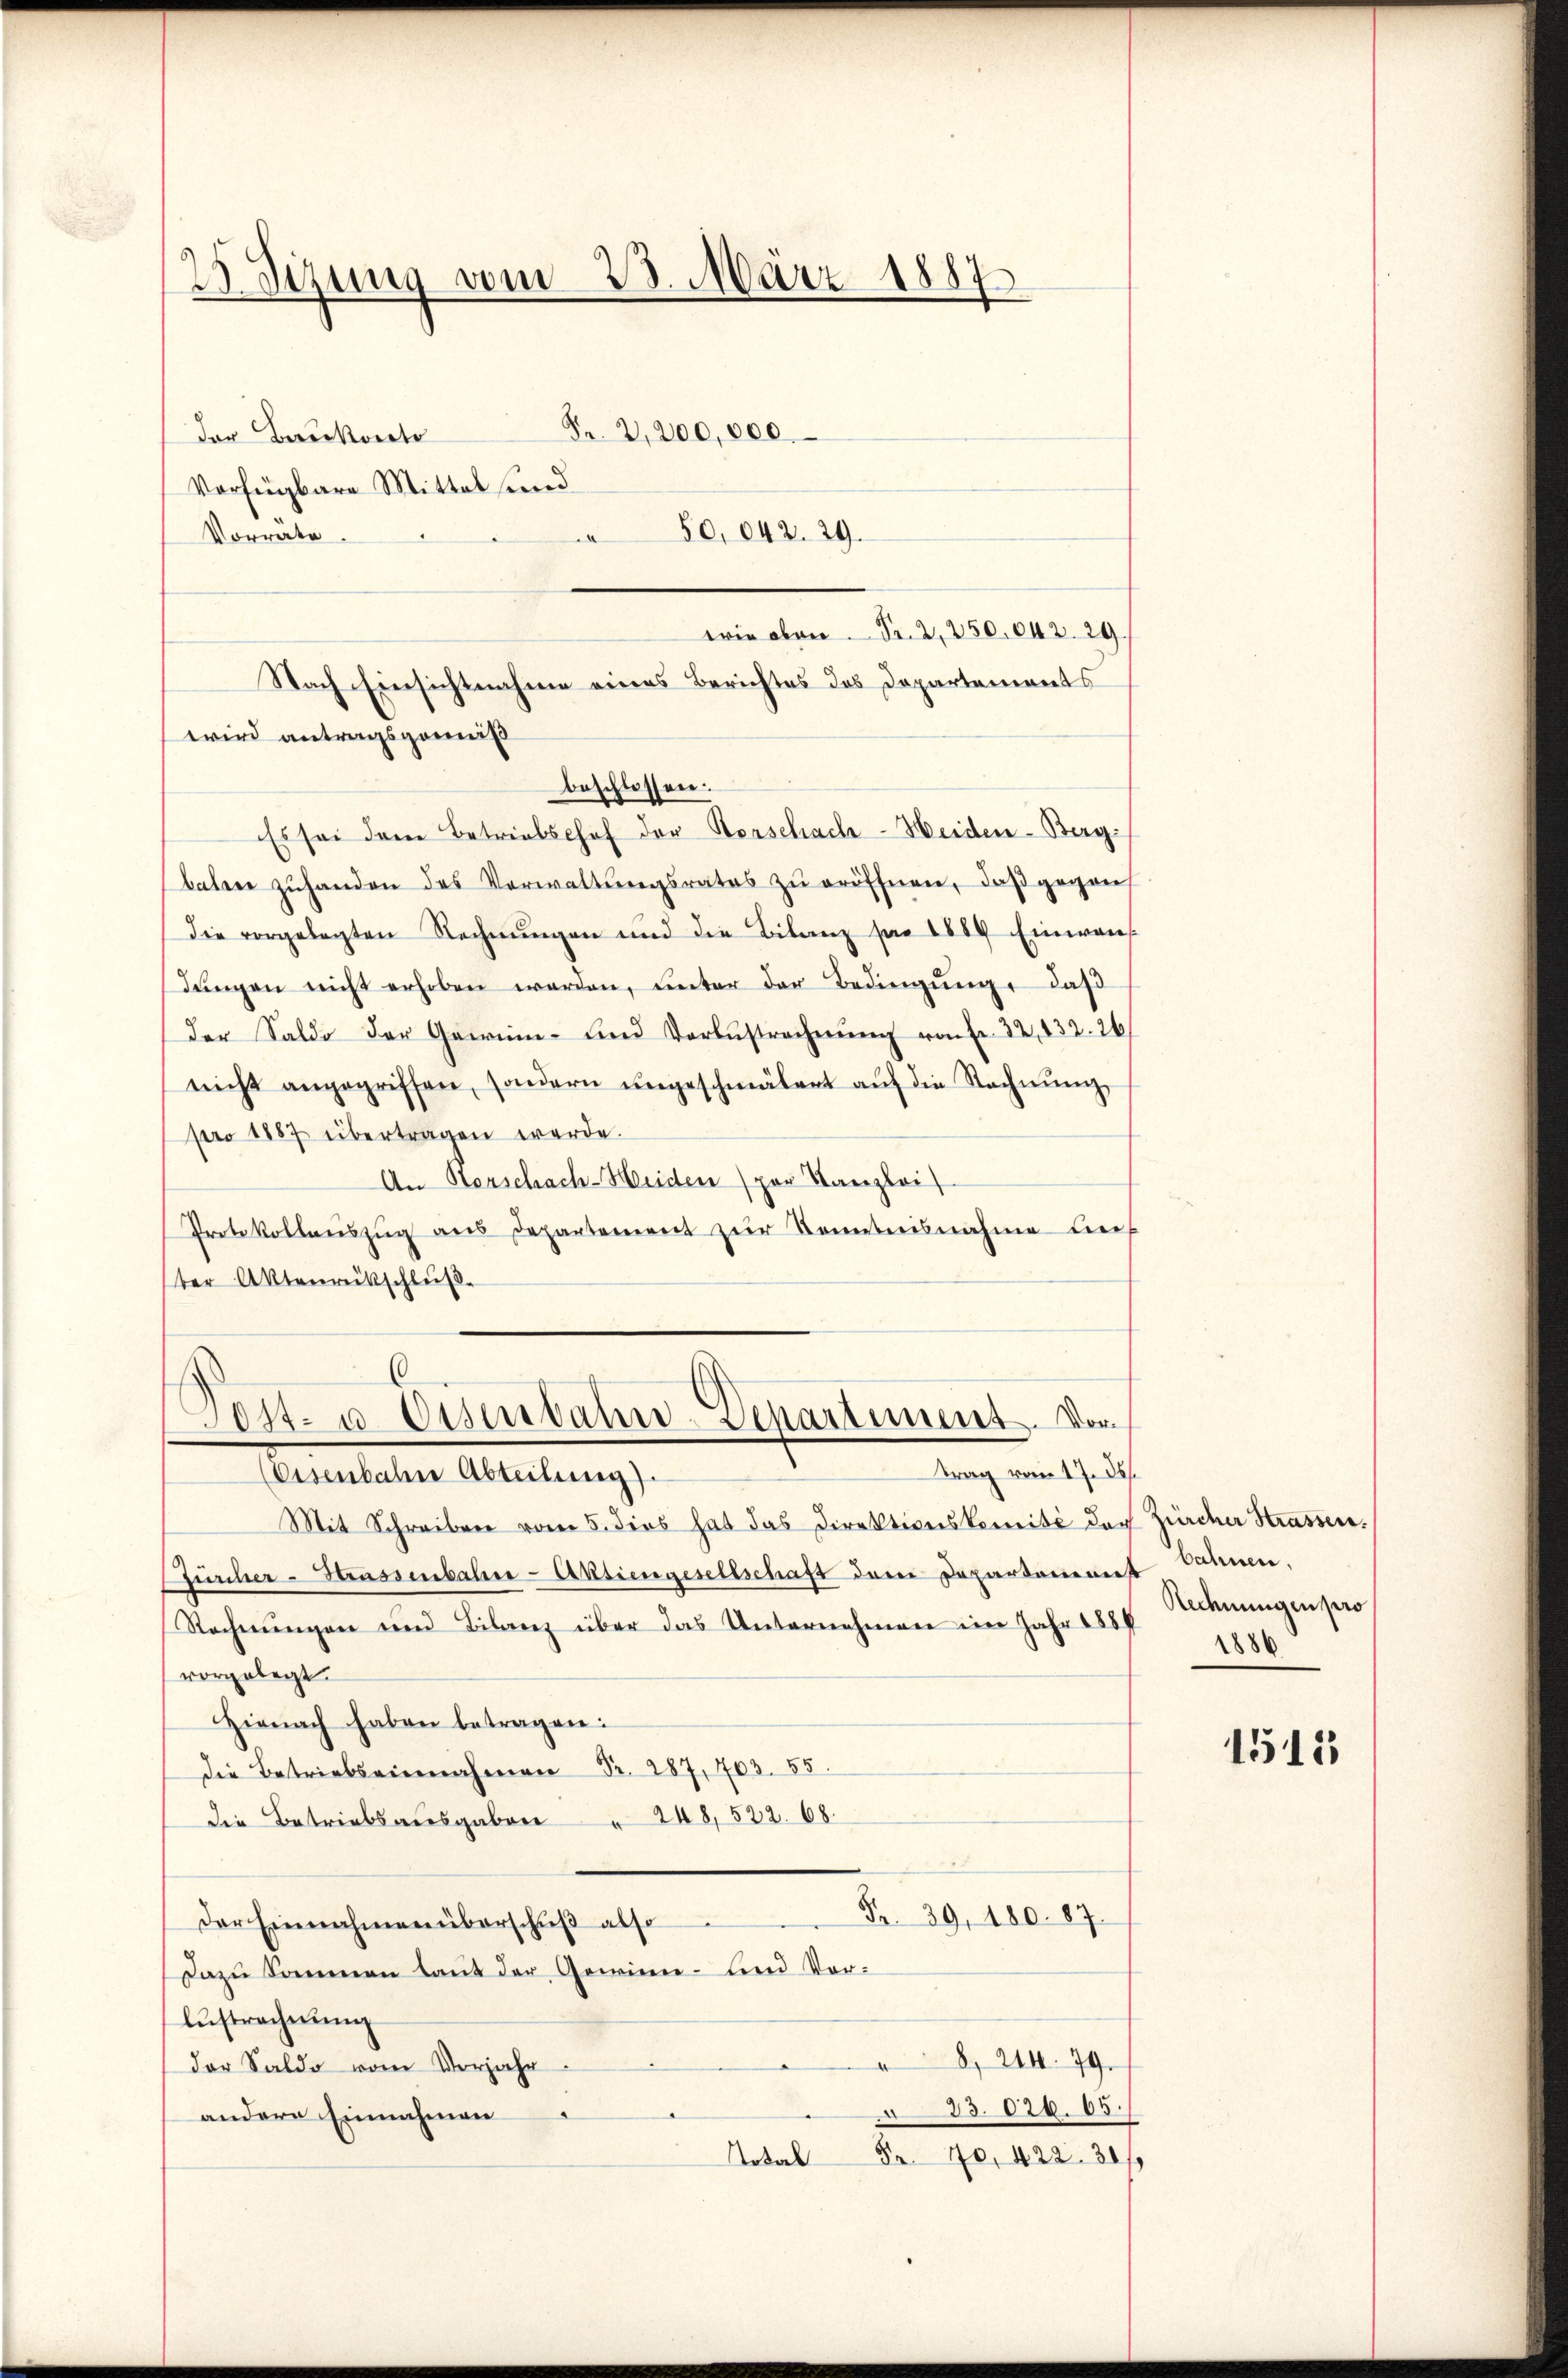
23 Sizung vom 23. März 1887

Fr. 2,200,000.
der Bereckerte
Verfügbare Mittel und
50,042. 29.
Vorräte.
wie oben Fr. 2, 250. 642. 29.
wird antragsgomniß
beschlossen:
Es sei dem Betreibschof der Vorschach-Heiden-Berg-
baten zŭ handen des Verwaltŭngsrates zŭ eröffnen, daß gegen
Die vorgelegten Rechnŭngen und die Bilanz pr 1889 Einwan
dŭngen nicht erhoben werden, unter der Bedingung, daß
der Saldo der Gewin- und Vorbŭstrechnŭng von Fr. 32, 432. 26
nicht angegriffen, sondern ŭngeschmälert aŭf die Rechnŭng
pro 1887 übertragen werde.
An Horschach-Heiden (par Kanzlei
Protokollaŭszŭg ans Departement zur Kenntnisnahme lief
ter Aktenrückschluß

Nach Einsichtnahme eines Berichtes des Departements

Jost- u. Eisenbahn-Departement. Vortrag vom 17. 36.
(Eisenbalen Abteilung).

Mit Schreiben vom 5. dies hat das Direktionskomité der Zürcher Strassen.
fürcher-Haussenbahn-Aktiengesellschaft dem Departement Dähnen.
Rechnŭngen und Bilanz über das Unternehmen im Jahr 1887
vorgelegt.
Hienach haben betragen:
die Betriebs einnahmen Nr. 287, 703. 55.
die Betriebsausgaben " 248, 522. 68.
Fr. 39, 180. 87.
Der Einnahmen überschuß also
Dazu kommen laut der Gewinn- und Vor-
lŭstrechnŭng
8, 244. 79.
der Saldo vom Vorjahr
83020. 65.
andere Einnahmen
Artal Fr. 70, 422. 30

Rechnungen pro
1886

1511